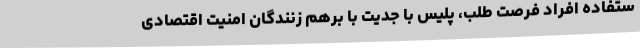
ستفاده افراد فرصت طلب، پلیس با جدیت با برهم زنندگان امنیت اقتصادی